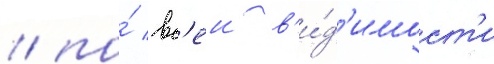
/ по́ вс'еи в'и́д'имост'и